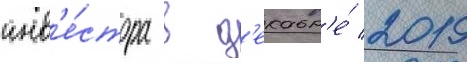
инв'е́стора в д'екабр'е́ 2019